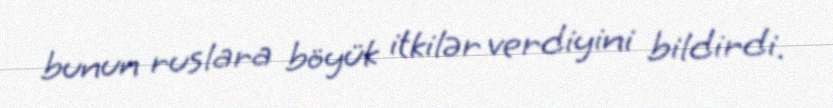
bunun ruslara böyük itkilər verdiyini bildirdi.